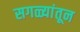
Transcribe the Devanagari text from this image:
सगळ्यांतून